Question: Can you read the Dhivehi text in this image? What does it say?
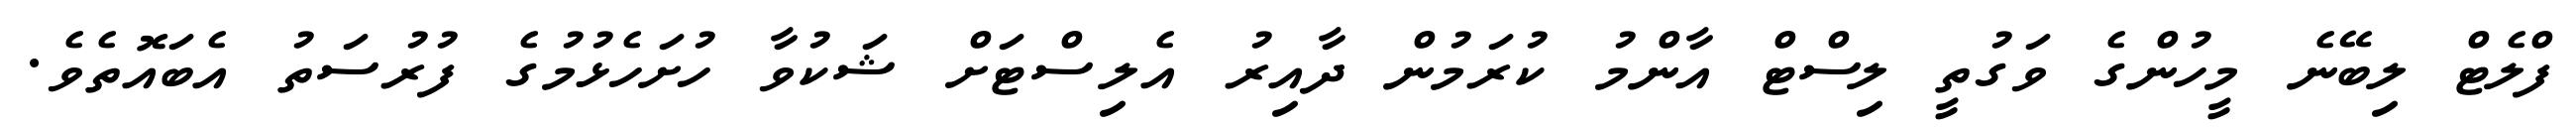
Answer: ފްލެޓް ލިބޭނެ މީހުންގެ ވަގުތީ ލިސްޓް އާންމު ކުރަމުން ދާއިރު އެލިސްޓަށް ޝަކުވާ ހުށަހެޅުމުގެ ފުރުސަތު އެބައޮތެވެ.